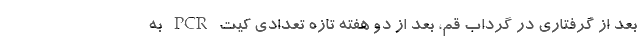
بعد از گرفتاری در گرداب قم، بعد از دو هفته تازه تعدادی کیت PCR به